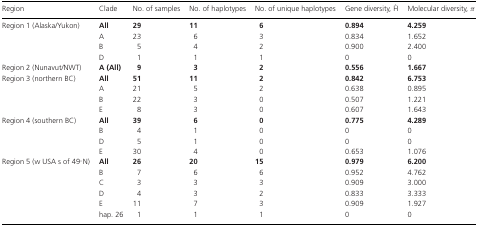
<table><thead><tr><td><b>Region</b></td><td><b>Clade</b></td><td><b>No. of samples</b></td><td><b>No. of haplotypes</b></td><td><b>No. of unique haplotypes</b></td><td><b>Gene diversity, Ĥ</b></td><td><b>Molecular diversity, π</b></td></tr></thead><tbody><tr><td rowspan="4">Region 1 (Alaska/Yukon)</td><td><b>All</b></td><td><b>29</b></td><td><b>11</b></td><td> <b>6</b></td><td><b>0.894</b></td><td><b>4.259</b></td></tr><tr><td>A</td><td>23</td><td> 6</td><td> 3</td><td>0.834</td><td>1.652</td></tr><tr><td>B</td><td> 5</td><td> 4</td><td> 2</td><td>0.900</td><td>2.400</td></tr><tr><td>D</td><td> 1</td><td> 1</td><td> 1</td><td>0</td><td>0</td></tr><tr><td>Region 2 (Nunavut/NWT)</td><td><b>A (All)</b></td><td> <b>9</b></td><td> <b>3</b></td><td> <b>2</b></td><td><b>0.556</b></td><td><b>1.667</b></td></tr><tr><td rowspan="4">Region 3 (northern BC)</td><td><b>All</b></td><td><b>51</b></td><td><b>11</b></td><td> <b>2</b></td><td><b>0.842</b></td><td><b>6.753</b></td></tr><tr><td>A</td><td>21</td><td> 5</td><td> 2</td><td>0.638</td><td>0.895</td></tr><tr><td>B</td><td>22</td><td> 3</td><td> 0</td><td>0.507</td><td>1.221</td></tr><tr><td>E</td><td> 8</td><td> 3</td><td> 0</td><td>0.607</td><td>1.643</td></tr><tr><td rowspan="4">Region 4 (southern BC)</td><td><b>All</b></td><td><b>39</b></td><td> <b>6</b></td><td> <b>0</b></td><td><b>0.775</b></td><td><b>4.289</b></td></tr><tr><td>B</td><td> 4</td><td> 1</td><td> 0</td><td>0</td><td>0</td></tr><tr><td>D</td><td> 5</td><td> 1</td><td> 0</td><td>0</td><td>0</td></tr><tr><td>E</td><td>30</td><td> 4</td><td> 0</td><td>0.653</td><td>1.076</td></tr><tr><td rowspan="6">Region 5 (w USA s of 49°N)</td><td><b>All</b></td><td><b>26</b></td><td><b>20</b></td><td><b>15</b></td><td><b>0.979</b></td><td><b>6.200</b></td></tr><tr><td>B</td><td> 7</td><td> 6</td><td> 6</td><td>0.952</td><td>4.762</td></tr><tr><td>C</td><td> 3</td><td> 3</td><td> 3</td><td>0.909</td><td>3.000</td></tr><tr><td>D</td><td> 4</td><td> 3</td><td> 2</td><td>0.833</td><td>3.333</td></tr><tr><td>E</td><td>11</td><td> 7</td><td> 3</td><td>0.909</td><td>1.927</td></tr><tr><td>hap. 26</td><td> 1</td><td> 1</td><td> 1</td><td>0</td><td>0</td></tr></tbody></table>